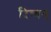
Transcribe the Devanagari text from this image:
दिव्यन्